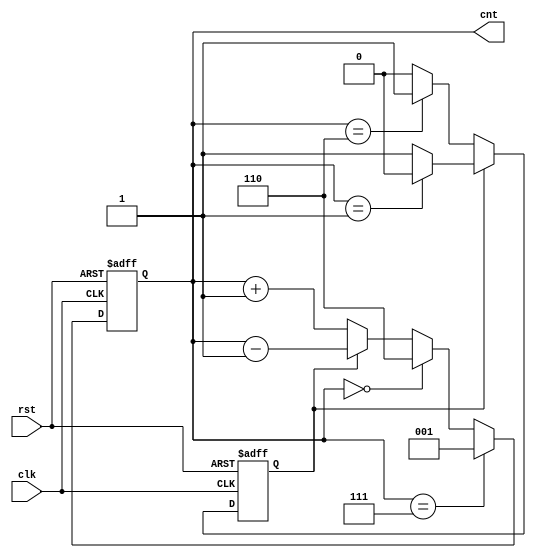
module updown (clk,rst,cnt);
input clk,rst;
output [2:0] cnt;
wire s1,s2,s3,s4,s5;

reg state;
wire [2:0] b1,b2,b3,b4,b5;
wire s6,s7;
reg [2:0] cnt;

parameter UP=0, DOWN=1;

assign s1= (cnt ==6);
assign s3 =s1?DOWN:UP;
assign s2 = cnt==1;
assign s4 = s2 ? UP : DOWN ;
assign s5 = state ? s4 : s3;
always @ (posedge clk or posedge rst)

 begin
    if (rst) state<=UP;
	else state<=s5;
 end
 
 assign b1 = cnt+1;
 assign b2 = cnt - 1;
 assign b3 = state ? b2 : b1;
 assign s6 = cnt ==0;
 assign s7 = cnt==7;
 assign b4 = s6 ? 6 : b3;
 assign b5 = s7 ? 1 : b4;
 
 always @ (posedge clk or posedge rst)
 begin
 if (rst) cnt<=0;
 else cnt<=b5;
 end
 endmodule